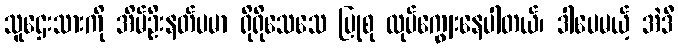
သူဌေးသားကို အိမ်ဦးနတ်ပမာ ရိုရိုသေသေ ပြုစု လုပ်ကျွေးနေပါတယ်၊ ဒါပေမယ့် အဲဒီ